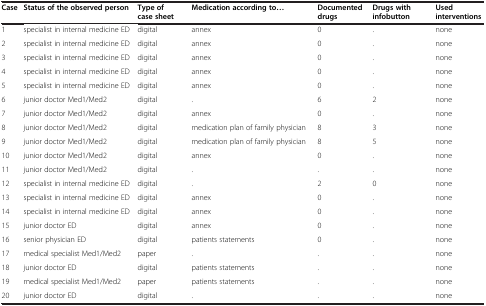
| Case | Status of the observed person | Type of case sheet | Medication according to... | Documented drugs | Drugs with infobutton | Used interventions |
 | --- | --- | --- | --- | --- | --- | --- |
 | 1 | specialist in internal medicine ED | digital | annex | 0 | . | none |
 | 2 | specialist in internal medicine ED | digital | annex | 0 | . | none |
 | 3 | specialist in internal medicine ED | digital | annex | 0 | . | none |
 | 4 | specialist in internal medicine ED | digital | annex | 0 | . | none |
 | 5 | specialist in internal medicine ED | digital | annex | 0 | . | none |
 | 6 | junior doctor Med1/Med2 | digital | . | 6 | 2 | none |
 | 7 | junior doctor Med1/Med2 | digital | annex | 0 | . | none |
 | 8 | junior doctor Med1/Med2 | digital | medication plan of family physician | 8 | 3 | none |
 | 9 | junior doctor Med1/Med2 | digital | medication plan of family physician | 8 | 5 | none |
 | 10 | junior doctor Med1/Med2 | digital | annex | 0 | . | none |
 | 11 | junior doctor Med1/Med2 | digital | . | . | . | none |
 | 12 | specialist in internal medicine ED | digital | . | 2 | 0 | none |
 | 13 | specialist in internal medicine ED | digital | annex | 0 | . | none |
 | 14 | specialist in internal medicine ED | digital | annex | 0 | . | none |
 | 15 | junior doctor ED | digital | annex | 0 | . | none |
 | 16 | senior physician ED | digital | patients statements | 0 | . | none |
 | 17 | medical specialist Med1/Med2 | paper | . | . | . | none |
 | 18 | junior doctor ED | digital | patients statements | . | . | none |
 | 19 | medical specialist Med1/Med2 | paper | patients statements | . | . | none |
 | 20 | junior doctor ED | digital | . | . | . | none |